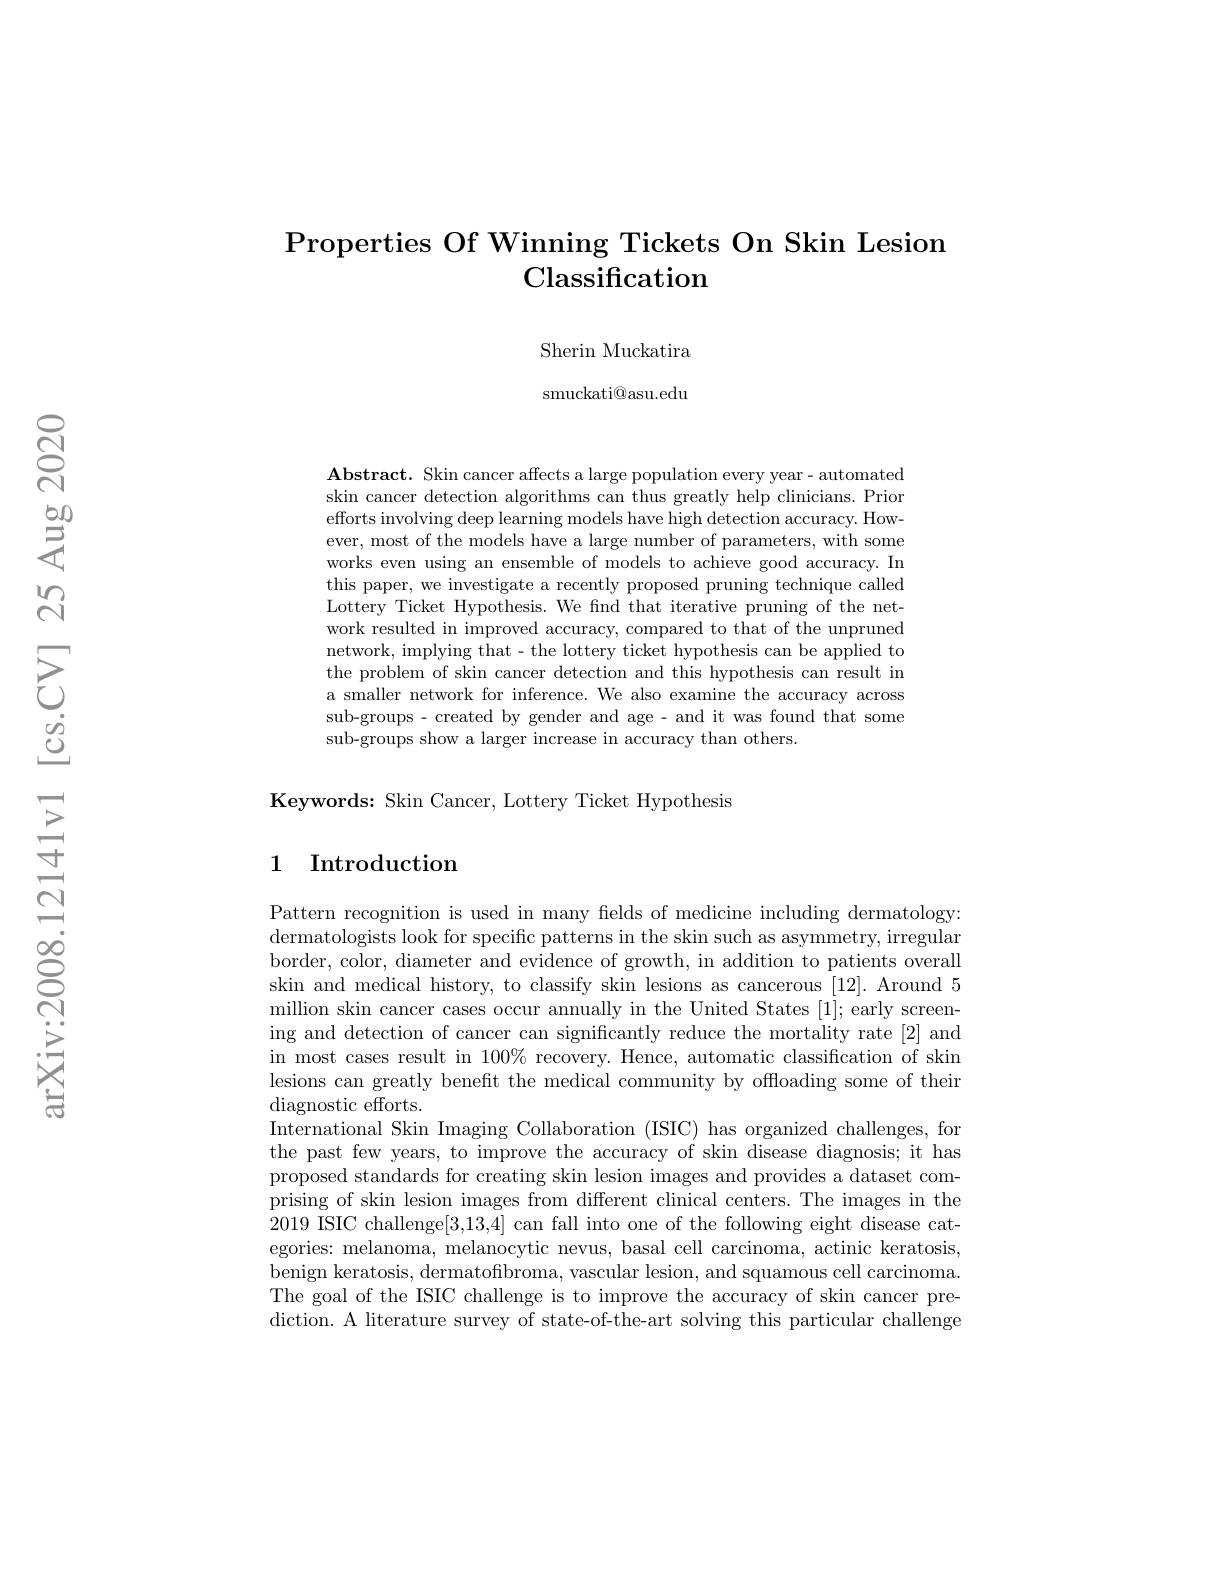
## Properties Of Winning Tickets On Skin Lesion Classification

Sherin Muckatira

smuckati@asu.edu

$\mathbf{Abstract.~Skin~cancer~affects~a~large~population~every~year-~automated}$ skin cancer detection algorithms can thus greatly help clinicians. Prior efforts involving deep learning models have high detection accuracy. However, most of the models have a large number of parameters, with some works even using an ensemble of models to achieve good accuracy. In this paper, we investigate a recently proposed pruning technique called Lottery Ticket Hypothesis. We fnd that iterative pruning of the network resulted in improved accuracy, compared to that of the unpruned network, implying that- the lottery ticket hypothesis can be applied to the problem of skin cancer detection and this hypothesis can result in a smaller network for inference. We also examine the accuracy across sub-groups - created by gender and age - and it was found that some sub-groups show a larger increase in accuracy than others.

Keywords: Skin Cancer, Lottery Ticket Hypothesis

## 1 Introduction

Pattern recognition is used in many fields of medicine including dermatology: dermatologists look for specific patterns in the skin such as asymmetry, irregular border, color, diameter and evidence of growth, in addition to patients overall skin and medical history, to classify skin lesions as cancerous [12]. Around 5 million skin cancer cases occur annually in the United States [1]; early screening and detection of cancer can significantly reduce the mortality rate [2] and in most cases result in $100\%$ recovery. Hence, automatic classification of skin lesions can greatly benefit the medical community by offloading some of their diagnostic efforts.
International Skin Imaging Collaboration (ISIC) has organized challenges, for the past few years, to improve the accuracy of skin disease diagnosis; it has proposed standards for creating skin lesion images and provides a dataset comprising of skin lesion images from different clinical centers. The images in the 2019 ISIC challenge[3,13,4] can fall into one of the following eight disease categories: melanoma, melanocytic nevus, basal cell carcinoma, actinic keratosis, benign keratosis, dermatofibroma, vascular lesion, and squamous cell carcinoma. The goal of the ISIC challenge is to improve the accuracy of skin cancer prediction. A literature survey of state-of-the-art solving this particular challenge